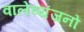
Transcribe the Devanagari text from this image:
वालेव्यंजनों